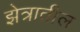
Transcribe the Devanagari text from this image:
झेत्रातील